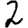
Digit: 2